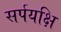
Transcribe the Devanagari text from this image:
सर्पयक्षि